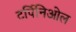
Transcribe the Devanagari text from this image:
टर्पिनिओल